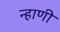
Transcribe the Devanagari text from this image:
न्हाणी